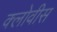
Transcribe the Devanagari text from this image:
क्लोवीस